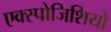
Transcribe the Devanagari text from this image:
एक्स्पोजिशियो